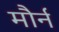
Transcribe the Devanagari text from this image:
मौर्न